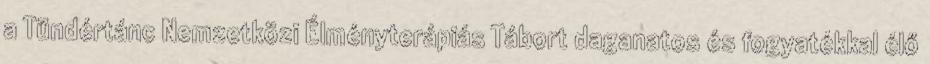
a Tündértánc Nemzetközi Élményterápiás Tábort daganatos és fogyatékkal élő